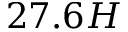
2 7 . 6 H